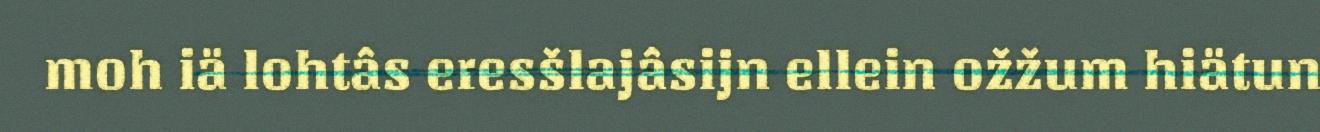
moh iä lohtâs eresšlajâsijn ellein ožžum hiätun